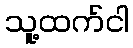
သူ့ထက်ငါ